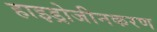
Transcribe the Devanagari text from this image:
हाइड्रोजीनकरण